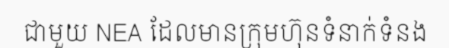
ជាមួយ NEA ដែលមានក្រុមហ៊ុនទំនាក់ទំនង